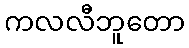
ကလလီဘူတော